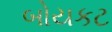
બોયકટ